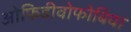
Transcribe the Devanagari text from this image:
ओफिडीवोफोबिया